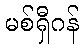
မစ်ရှီဂန်